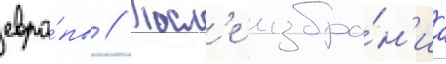
евро́пы // Посл'е избра́н'иа